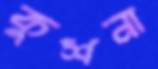
কুশনা